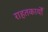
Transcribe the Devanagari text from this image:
राहतकार्यों